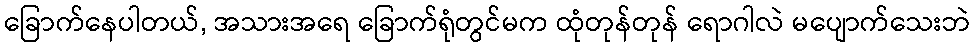
ခြောက်နေပါတယ်, အသားအရေ ခြောက်ရုံတွင်မက ထုံတုန်တုန် ရောဂါလဲ မပျောက်သေးဘဲ